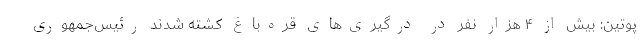
پوتین: بیش از ۴ هزار نفر در درگیری‌های قره‌باغ کشته شدند رئیس‌جمهوری